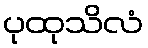
ပုထုသိလံ